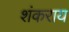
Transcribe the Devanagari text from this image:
शंकराय